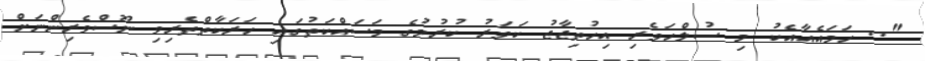
".. ހަމައެއާއެކު މި ސުލްހަވެރި އިހުތިޖާޖު ކަވަރު ކުރުމުގެ މަސައްކަތުގައި ހަރަކާތްތެރިވި ނޫސްވެރިންނަށް